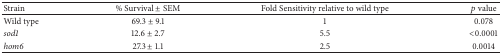
<table><thead><tr><td><b>Strain</b></td><td><b>% Survival ± SEM</b></td><td><b>Fold Sensitivity relative to wild type</b></td><td><b><i>p</i> value</b></td></tr></thead><tbody><tr><td>Wild type</td><td>69.3 ± 9.1</td><td>1</td><td>0.078</td></tr><tr><td><i>sod1</i></td><td>12.6 ± 2.7</td><td>5.5</td><td>&lt;0.0001</td></tr><tr><td><i>hom6</i></td><td>27.3 ± 1.1</td><td>2.5</td><td>0.0014</td></tr></tbody></table>